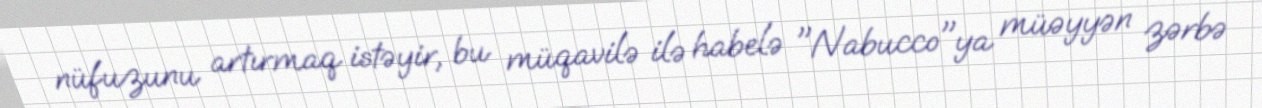
nüfuzunu artırmaq istəyir, bu müqavilə ilə habelə "Nabucco"ya müəyyən zərbə